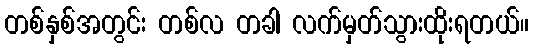
တစ်နှစ်အတွင်း တစ်လ တခါ လက်မှတ်သွားထိုးရတယ်။